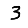
Digit: 3